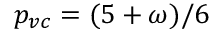
p _ { v c } = ( 5 + \omega ) / 6